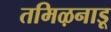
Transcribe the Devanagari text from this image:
तमिऴनाडू